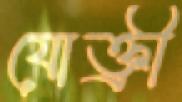
যোক্ত্রী